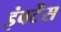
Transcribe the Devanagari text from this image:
इंवर्टेंस